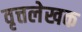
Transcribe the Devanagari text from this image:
वृत्तलेखक